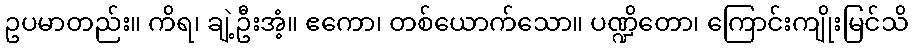
ဥပမာတည်း။ ကိရ၊ ချဲ့ဦးအံ့။ ဧကော၊ တစ်ယောက်သော။ ပဏ္ဍိတော၊ ကြောင်းကျိုးမြင်သိ